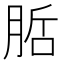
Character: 𭨷